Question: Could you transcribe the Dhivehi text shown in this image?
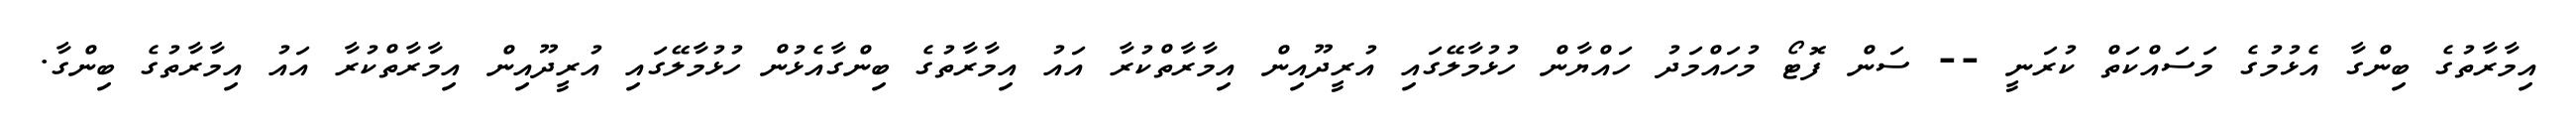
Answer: އިމާރާތުގެ ބިންގާ އެޅުމުގެ މަސައްކަތް ކުރަނީ -- ސަން ފޮޓޯ މުހައްމަދު ހައްޔާން ހުޅުމާލޭގައި އުރީދޫއިން އިމާރާތްކުރާ އައު އިމާރާތުގެ ބިންގާއެޅުން ހުޅުމާލޭގައި އުރީދޫއިން އިމާރާތްކުރާ އައު އިމާރާތުގެ ބިންގާ.